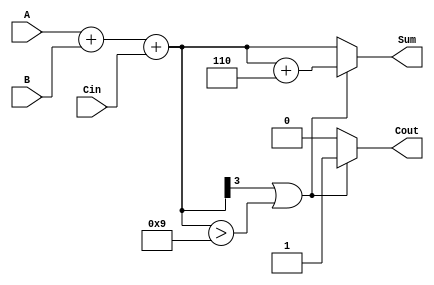
module BCD_Async_Adder (
    input [3:0] A,      // First BCD digit
    input [3:0] B,      // Second BCD digit
    input Cin,          // Carry input
    output reg [3:0] Sum, // BCD result
    output reg Cout      // Carry output
);

    wire [4:0] S;       // 5-bit sum to accommodate carry out
    wire correction;     // Correction flag

    // Step 1: Binary Addition
    assign S = A + B + Cin;

    // Step 2: Check if correction is needed
    assign correction = (S[3] || (S[3:0] > 4'b1001)); // Check if sum is greater than 9

    // Step 3: BCD Correction Logic
    always @* begin
        if (correction) begin
            Sum = S[3:0] + 4'b0110; // Apply correction
            Cout = 1'b1;            // Set carry out
        end else begin
            Sum = S[3:0];           // No correction needed
            Cout = 1'b0;            // Clear carry out
        end
    end

endmodule